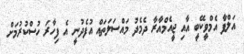
އަލްފާ އެމްވީކޭބީ އާއި ޖީއެމްއާރާ ދެމެދު މައްސަލަތައް އުފެދުނީ އެ ފިހާރަ ހުސްކުރުމަށް